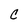
Character: C